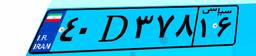
۴۰D۳۷۸۱۶